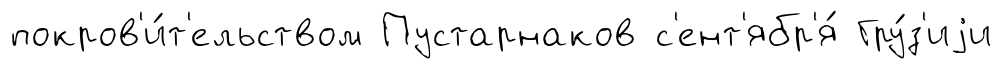
покров'и́т'ельством Пустарнаков с'ент'ябр'я́ Гру́з'иjи